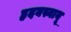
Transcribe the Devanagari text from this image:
हृदयस्नायू